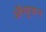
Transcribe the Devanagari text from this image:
ॲल्युशन